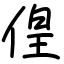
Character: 偟